Indian journal of veterinary science and animal husbandry - Volume 2,
Year: 1932
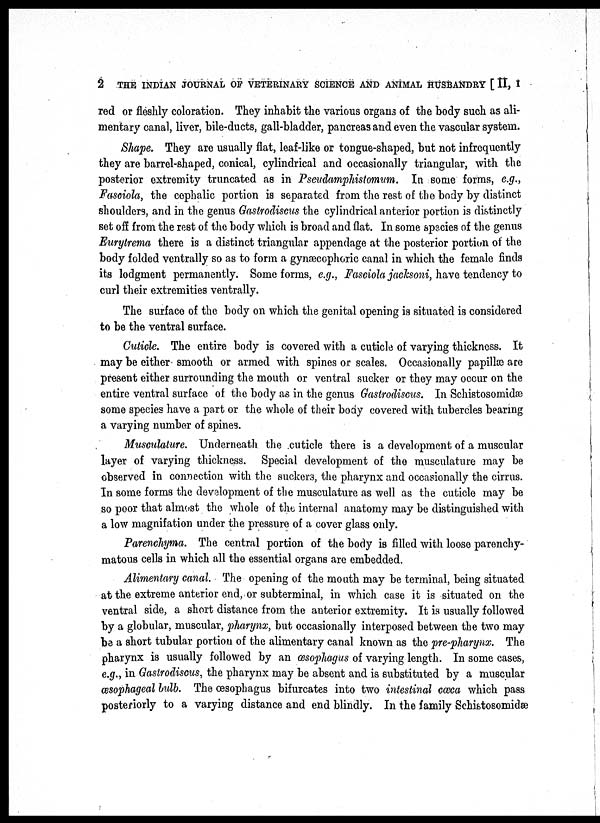
2 THE INDIAN JOURNAL OF VETERINARY SCIENCE AND ANIMAL HUSBANDRY [ II, I
red or fleshly coloration. They inhabit the various organs of the body such as ali-
mentary canal, liver, bile-ducts, gall-bladder, pancreas and even the vascular system.
Shape. They are usually flat, leaf-like or tongue-shaped, but not infrequently
they are barrel-shaped, conical, cylindrical and occasionally triangular, with the
posterior extremity truncated as in Pseudamphistomum. In some forms, e.g.,
Fasciola, the cephalic portion is separated from the rest of the body by distinct
shoulders, and in the genus Gastrodiscus the cylindrical anterior portion is distinctly
set off from the rest of the body which is broad and flat. In some species of the genus
Eurytrema there is a distinct triangular appendage at the posterior portion of the
body folded ventrally so as to form a gynæcophoric canal in which the female finds
its lodgment permanently. Some forms, e.g., Fasciola jacksoni, have tendency to
curl their extremities ventrally.
The surface of the body on which the genital opening is situated is considered
to be the ventral surface.
Cuticle. The entire body is covered with a cuticle of varying thickness. It
may be either smooth or armed with spines or scales. Occasionally papillæ are
present either surrounding the mouth or ventral sucker or they may occur on the
entire ventral surface of the body as in the genus Gastrodiscus. In Schistosomidæ
some species have a part or the whole of their body covered with tubercles bearing
a varying number of spines.
Musculature. Underneath the cuticle there is a development of a muscular
layer of varying thickness. Special development of the musculature may be
observed in connection with the suckers, the pharynx and occasionally the cirrus.
In some forms the development of the musculature as well as the cuticle may be
so poor that almost the whole of the internal anatomy may be distinguished with
a low magnifation under the pressure of a cover glass only.
Parenchyma. The central portion of the body is filled with loose parenchy-
matous cells in which all the essential organs are embedded.
Alimentary canal. The opening of the mouth may be terminal, being situated
at the extreme anterior end, or subterminal, in which case it is situated on the
ventral side, a short distance from the anterior extremity. It is usually followed
by a globular, muscular, pharynx, but occasionally interposed between the two may
be a short tubular portion of the alimentary canal known as the pre-pharynx. The
pharynx is usually followed by an œsophagus of varying length. In some cases,
e.g., in Gastrodiscus, the pharynx may be absent and is substituted by a muscular
œsophageal bulb. The œsophagus bifurcates into two intestinal cœca which pass
posteriorly to a varying distance and end blindly. In the family Schistosomidæ